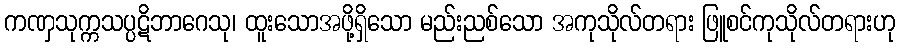
ကဏှသုက္ကသပ္ပဋိဘာဂေသု၊ ထူးသောအဖို့ရှိသော မည်းညစ်သော အကုသိုလ်တရား ဖြူစင်ကုသိုလ်တရားဟု